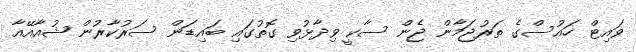
ވައިޓް ހައުސްގެ ތަރުޖަމާން ޖެން ސާކީ ވިދާޅުވި ގޮތުގައި ބައިޑަން ސަރުކާރުން ޝުއާއޭއާ